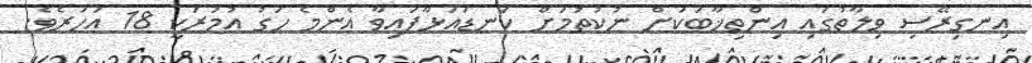
އިނގިރޭސި ވިލާތުގައި އިންތިޚާބަކަށް ނުކުތުމަށް ކަނޑައަޅާފައިވާ އެންމެ ހަގު އުމުރަކީ 18 އަހަރެވެ.